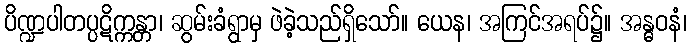
ပိဏ္ဍပါတပ္ပဋိက္ကန္တာ၊ ဆွမ်းခံရွာမှ ဖဲခဲ့သည်ရှိသော်။ ယေန၊ အကြင်အရပ်၌။ အန္ဓဝနံ၊